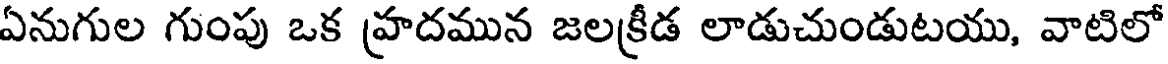
ఏనుగుల గుంపు ఒక హ్రదమున జలక్రీడ లాడుచుండుటయు, వాటిలో